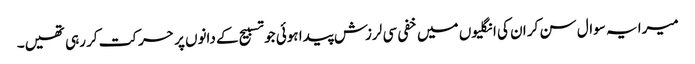
میرا یہ سوال سن کر ان کی انگلیوں میں خفی سی لرزش پیدا ہوئی جو تسبیح کے دانوں پر حرکت کر رہی تھیں۔